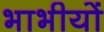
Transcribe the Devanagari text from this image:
भाभीयों